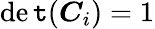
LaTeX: \operatorname*{de\mathtt{t}}(\boldsymbol{C}_{i})=1